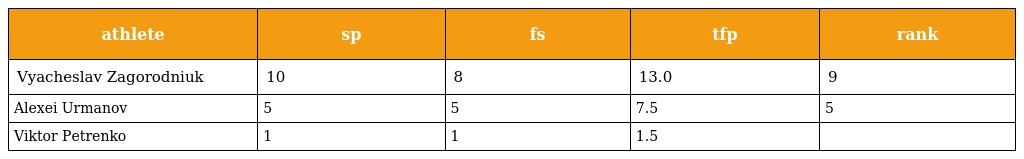
| athlete | sp | fs | tfp | rank |
 | --- | --- | --- | --- | --- |
 | Vyacheslav Zagorodniuk | 10 | 8 | 13.0 | 9 |
 | Alexei Urmanov | 5 | 5 | 7.5 | 5 |
 | Viktor Petrenko | 1 | 1 | 1.5 |  |